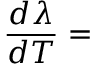
\frac { d \lambda } { d T } =